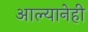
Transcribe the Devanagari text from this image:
आल्यानेही